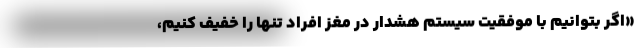
«اگر بتوانیم با موفقیت سیستم هشدار در مغز افرادِ تنها را خفیف کنیم،